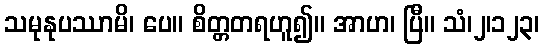
သမုနုပဿာမိ၊ ပေ။ စိတ္တတရဟူ၍။ အာဟ၊ ပြီ။ သံ၊၂၊၁၂၃၊